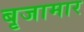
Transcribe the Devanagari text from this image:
बृजामार